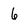
Character: 6